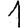
Digit: 1